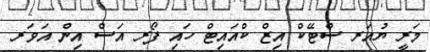
މަރީ ޔުއަރ ސްޓޭކް އިޒް ކްއައިޓް ހައި ފޯރ އަސް އިން އަވަރ